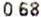
0.68